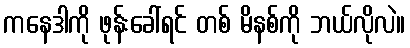
ကနေဒါကို ဖုန်းခေါ်ရင် တစ် မိနစ်ကို ဘယ်လိုလဲ။